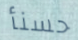
حسنأ